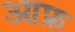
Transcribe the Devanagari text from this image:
आफ्र